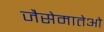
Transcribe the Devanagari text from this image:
जैसेमातेओ